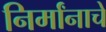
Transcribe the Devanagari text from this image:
निर्मांनाचे